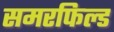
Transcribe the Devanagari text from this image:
समरफिल्ड